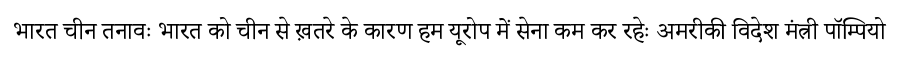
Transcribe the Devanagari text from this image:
भारत चीन तनावः भारत को चीन से ख़तरे के कारण हम यूरोप में सेना कम कर रहेः अमरीकी विदेश मंत्री पॉम्पियो